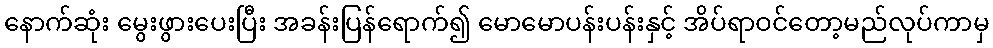
နောက်ဆုံး မွေးဖွားပေးပြီး အခန်းပြန်ရောက်၍ မောမောပန်းပန်းနှင့် အိပ်ရာဝင်တော့မည်လုပ်ကာမှ